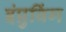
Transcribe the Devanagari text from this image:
इंप्रुविंग